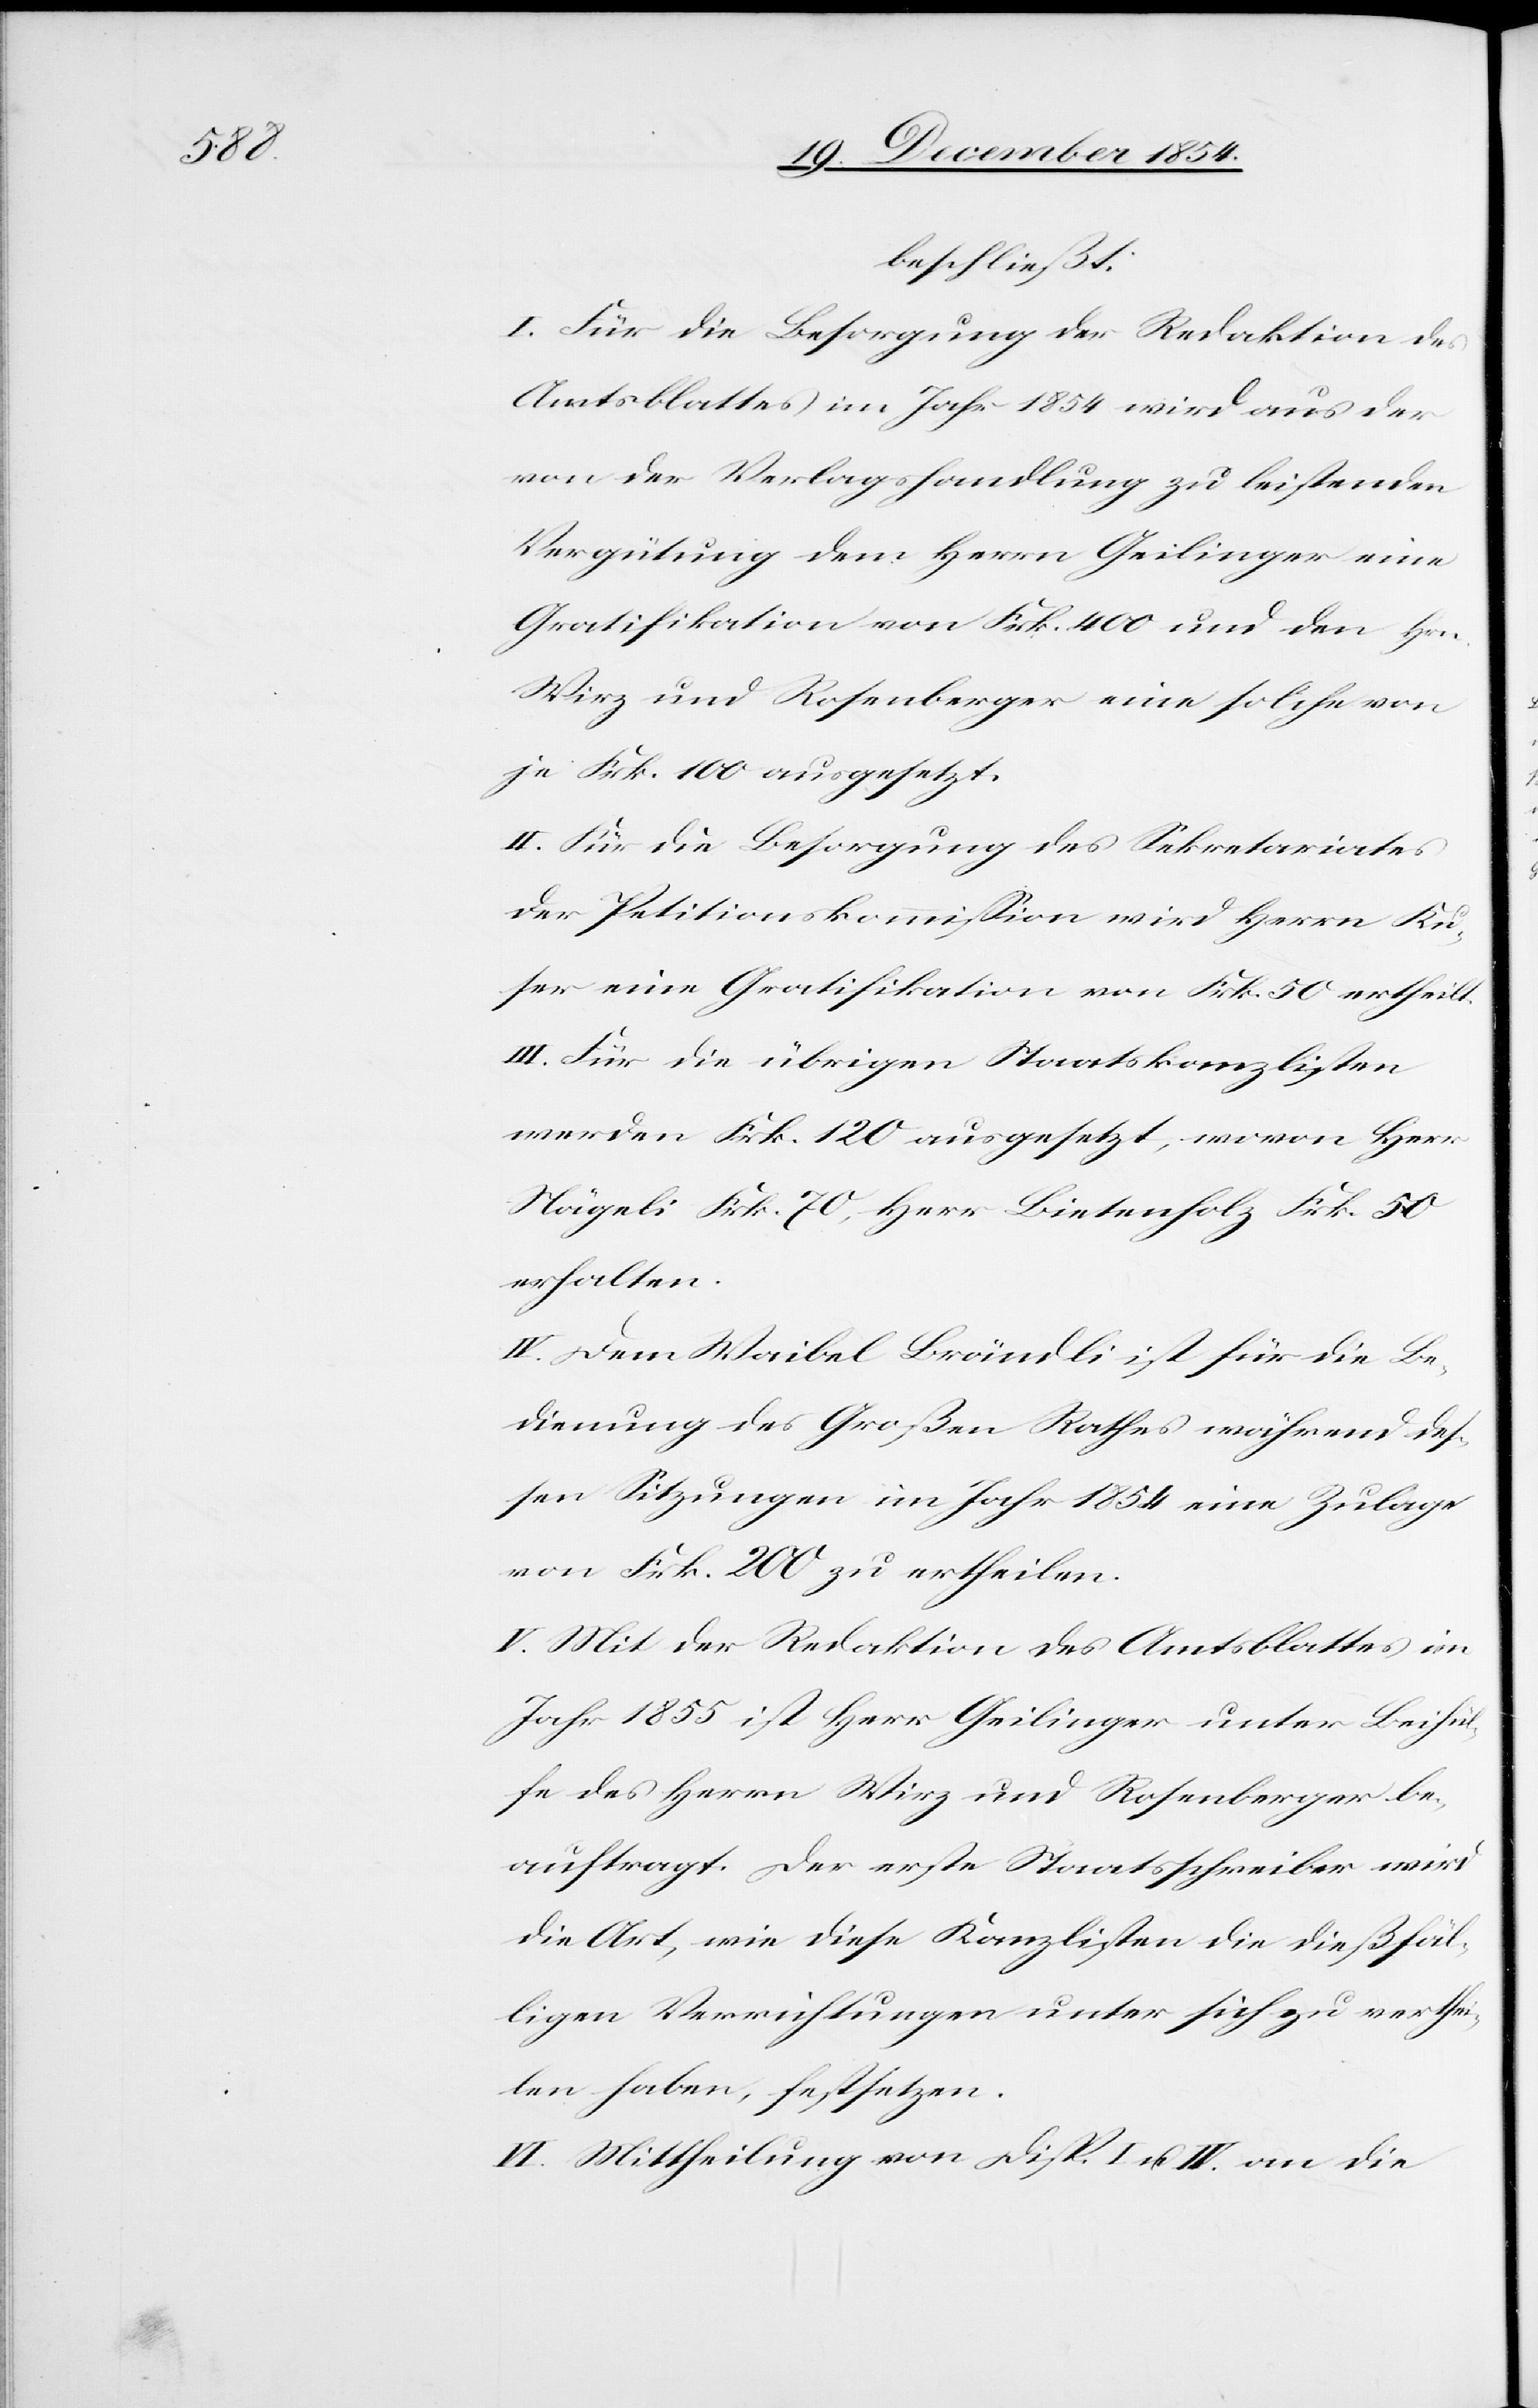
beschließt:
I. Für die Besorgung der Redaktion des
Amtsblattes im Jahr 1854 wird aus der
von der Verlagshandlung zu leistenden
Vergütung dem Herrn Geilinger eine
Gratifikation von Frk. 400 und den Hrn.
Wirz und Rosenberger eine solche von
je Frk. 100 ausgesetzt.
II. Für die Besorgung des Sekretariates
der Petitionskommißion wird Herrn Ku¬
ser eine Gratifikation von Frk. 50 ertheilt.
III. Für die übrigen Staatskanzlisten
werden Frk. 120 ausgesetzt, wovon Herr
Nägeli Frk. 70, Herr Bietenholz Frk. 50
erhalten.
IV. Dem Waibel Brändli ist für die Be¬
dienung des Großen Rathes während des¬
sen Sitzungen im Jahr 1854 eine Zulage
von Frk. 200 zu ertheilen.
V. Mit der Redaktion des Amtsblattes im
Jahr 1855 ist Herr Geilinger unter Beihül¬
fe des Herrn Wirz und Rosenberger be¬
auftragt. Der erste Staatsschreiber wird
die Art, wie diese Kanzlisten die dießfäl¬
ligen Verrichtungen unter sich zu verthei¬
len haben, festsetzen.
VI. Mittheilung von Disp. I u. IV. an die